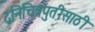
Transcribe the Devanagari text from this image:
द्वनिचित्रपुतीसाठी